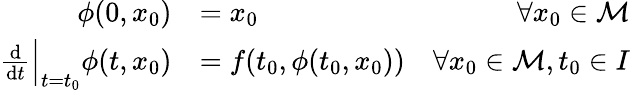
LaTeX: {\begin{array}{rlr}{\phi(0,x_{0})}&{=x_{0}}&{\forall x_{0}\in{\mathcal{M}}}\\ {{\frac{\mathrm{d}}{\mathrm{d}t}}{\Big|}_{t=t_{0}}\phi(t,x_{0})}&{=f(t_{0},\phi(t_{0},x_{0}))}&{\forall x_{0}\in{\mathcal{M}},t_{0}\in I}\end{array}}